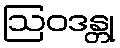
ဩဝဒန္တု